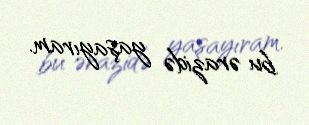
bu ərazidə yaşayıram.